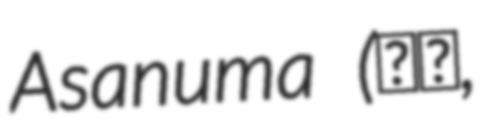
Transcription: Asanuma (浅沼,